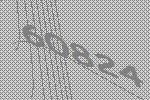
60824